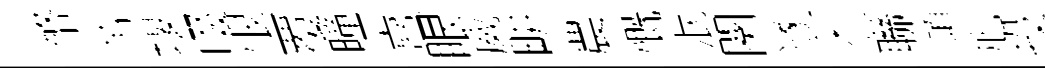
幣芾堰啜恨覆曈熹眼威畊農慨泯闋遂杰聯澒旭投